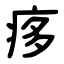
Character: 痑